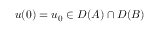
u ( 0 ) = u _ { 0 } \in D ( A ) \cap D ( B )